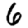
Digit: 6